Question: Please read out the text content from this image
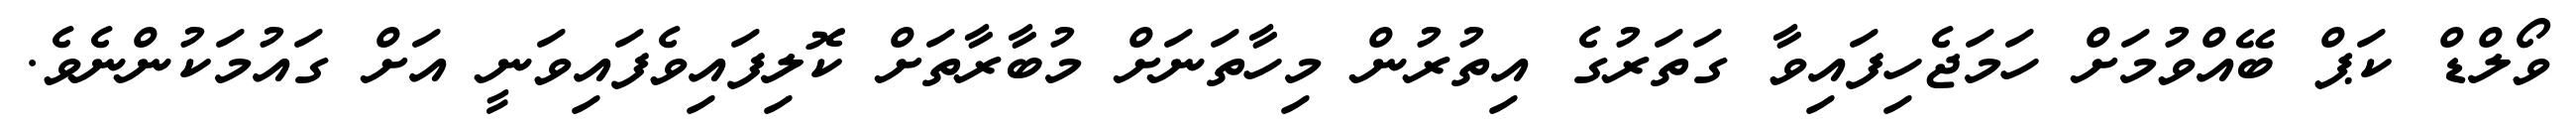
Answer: ވޯލްޑް ކަޕް ބޭއްވުމަށް ހަމަޖެހިފައިވާ ގަތަރުގެ އިތުރުން މިހާތަނަށް މުބާރާތަށް ކޮލިފައިވެފައިވަނީ އަށް ގައުމަކުންނެވެ.